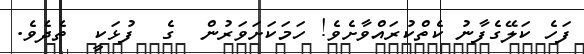
ފަހެ ކަލޭގެފާނު ކެތްކުރައްވާށެވެ! ހަމަކަށަވަރުން  ގެ  ފުޅަކީ  ތެދެވެ.